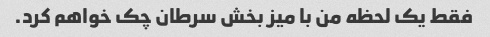
فقط یک لحظه من با میز بخش سرطان چک خواهم کرد.